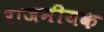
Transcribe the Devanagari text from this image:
राजनीयक